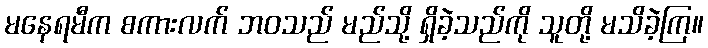
မနေရမီက စကားလက် ဘဝသည် မည်သို့ ရှိခဲ့သည်ကို သူတို့ မသိခဲ့ကြ။